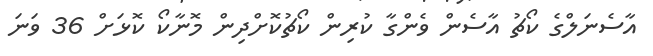
އާސެނަލްގެ ކޯޗު އާސެން ވެންގާ ކުރިން ކޯޗުކޮށްދިން މޮނާކޯ ކޮޅަށް 36 ވަނަ